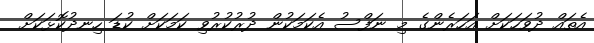
އެތައް ދުވަހަކަށް އަހަރެންގެ މި ނަފްސު އެކަމަކުން ދުރުކުރުވި ކަމަކަށް ކުޑަ ހިނދުކޮޅަކަށް